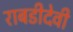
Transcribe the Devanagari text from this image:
राबडीदेवी